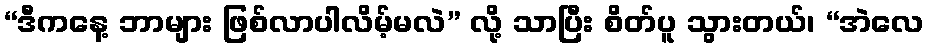
“ဒီကနေ့ ဘာများ ဖြစ်လာပါလိမ့်မလဲ” လို့ သာပြီး စိတ်ပူ သွားတယ်၊ “အဲလေ